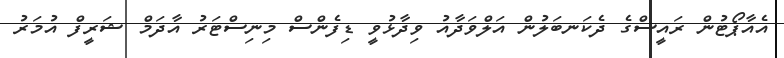
އެއާޕޯޓުން ރައީސްގެ ދެކަނބަލުން އަލްވަދާއު ވިދާޅުވީ ޑިފެންސް މިނިސްޓަރު އާދަމް ޝަރީފް އުމަރު